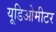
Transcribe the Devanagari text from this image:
यूडिओमीटर